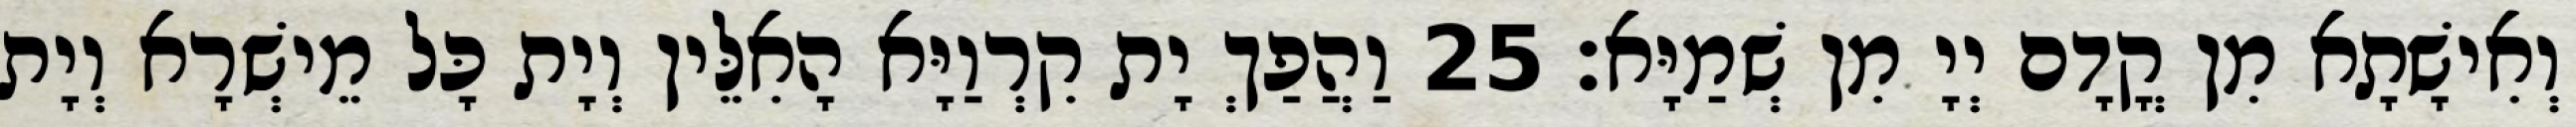
וְאִישָׁתָא מִן קֳדָם יְיָ מִן שְׁמַיָּא׃ 25 וַהֲפַךְ יָת קִרְוַיָּא הָאִלֵּין וְיָת כָּל מֵישְׁרָא וְיָת